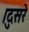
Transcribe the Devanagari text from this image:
।दुसरे